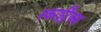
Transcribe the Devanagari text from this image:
स्काईट्रैक्स